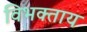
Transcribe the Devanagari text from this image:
विभक्ताय